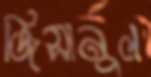
জিসানুল